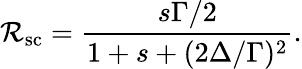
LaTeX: \mathcal{R}_{\mathrm{{sc}}}=\frac{{s\Gamma/2}}{{1+s+(2\Delta/\Gamma)^{2}}}.